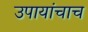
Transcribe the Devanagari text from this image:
उपायांचाच